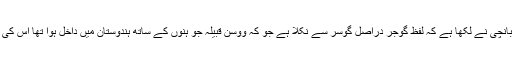
جناب پی سی بانچی نے لکھا ہے کہ لفظ گوجر دراصل گوسر سے نکلا ہے جو کہ ووسن قبیلہ جو ہنوں کے ساتھ ہندوستان میں داخل ہوا تھا اس کی ایک شاخ ہے۔